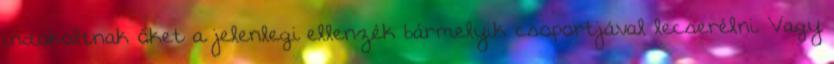
indokoltnak őket a jelenlegi ellenzék bármelyik csoportjával lecserélni. Vagy